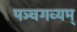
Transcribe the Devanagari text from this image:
पञ्चगव्यम्